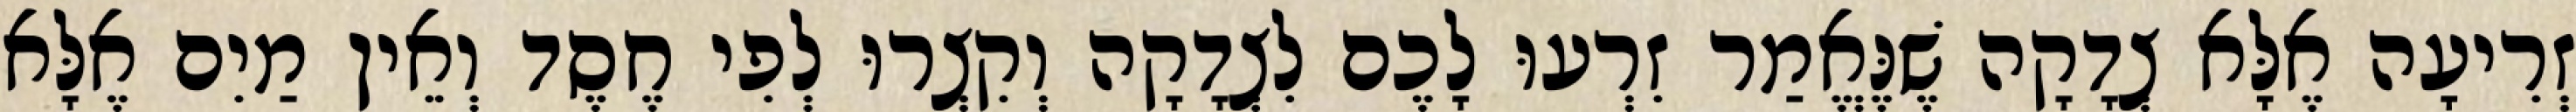
זְרִיעָה אֶלָּא צְדָקָה שֶׁנֶּאֱמַר זִרְעוּ לָכֶם לִצְדָקָה וְקִצְרוּ לְפִי חֶסֶד וְאֵין מַיִם אֶלָּא